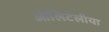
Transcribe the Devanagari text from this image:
आलिटेलीया